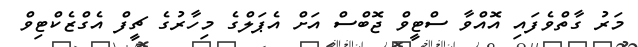
މަރު ގާތްވެފައި އޮއްވާ ސްޓީވް ޖޮބްސް އަށް އެޕަލްގެ މިހާރުގެ ޗީފް އެގްޒެކްޓިވް